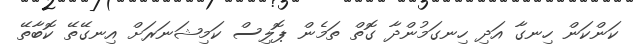
ކަންކަން ހިނގާ އަދި ހިނގަމުންދާ ގޮތް ތަމެން ޕޮލިސް ކަމިޝަނަރަށް އިނގޭތޭ ކޮބާތޭ